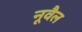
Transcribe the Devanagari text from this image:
नूवैल